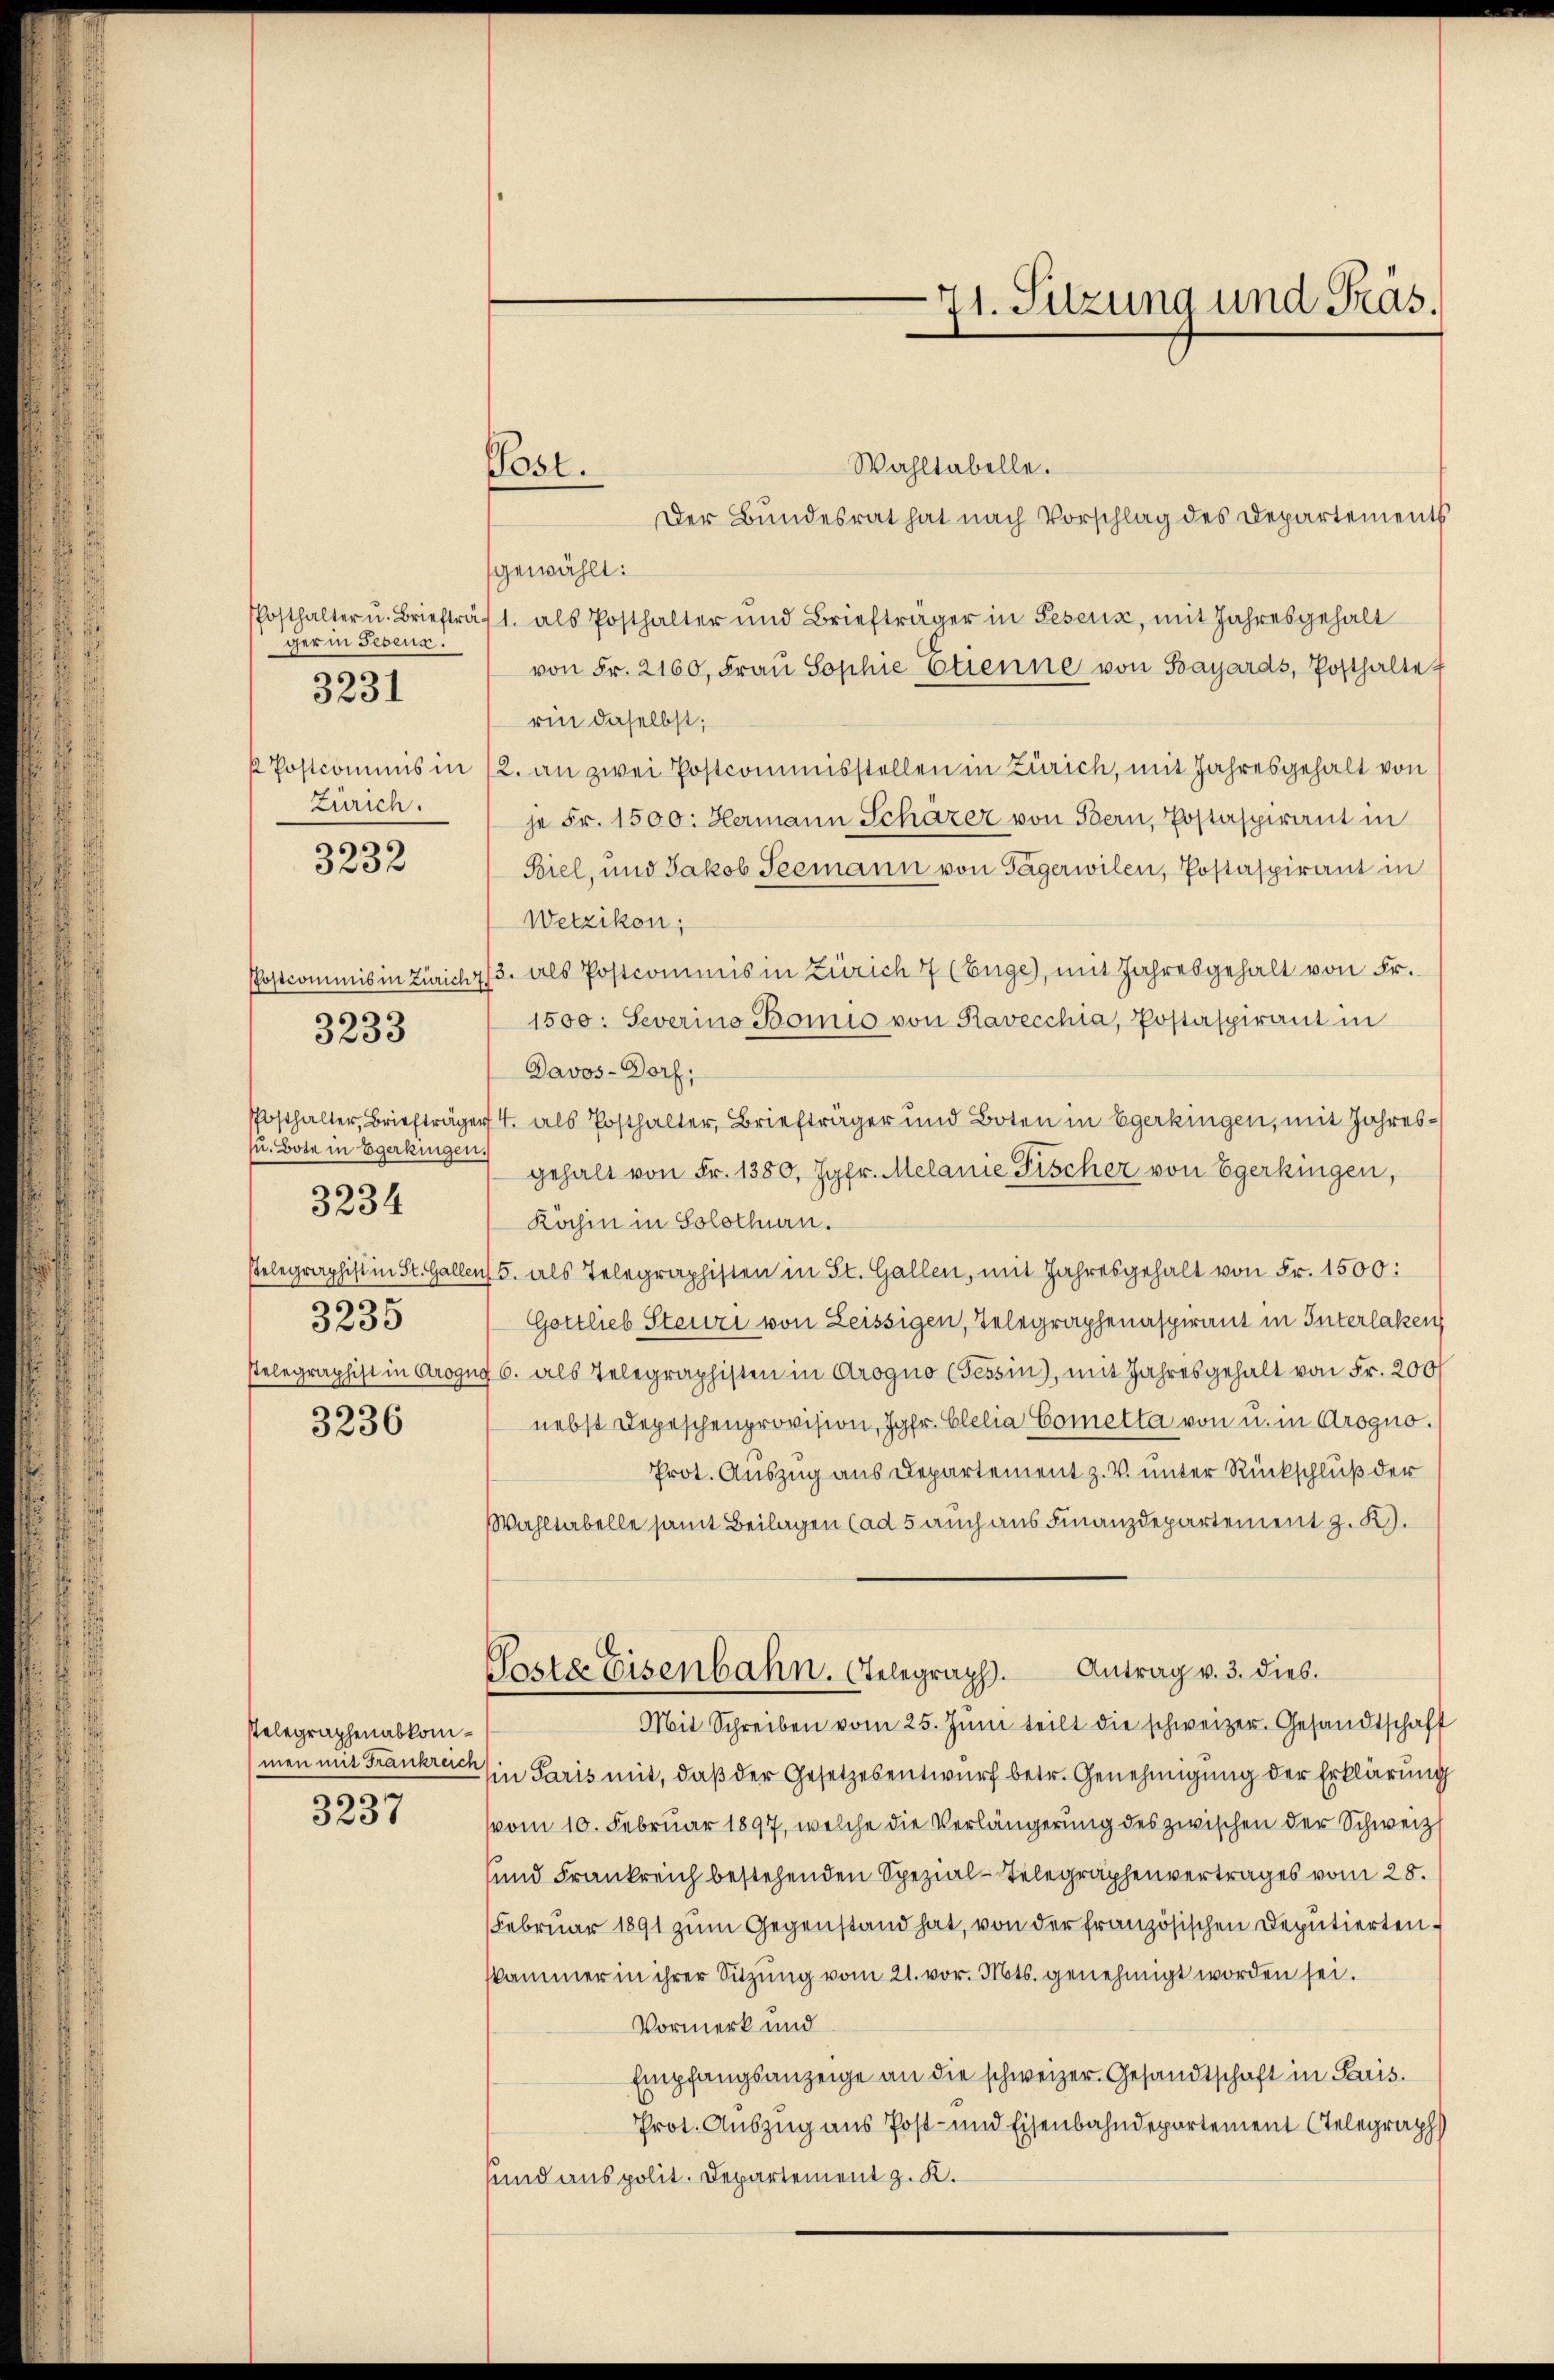
Posthalter u. Briefträger in Geseur.
Zürich.

3231

3232

Postcommis in Zürich
Posthalter, Briefträger
u. Bote in Egerkingen.
3234
stelegraphist in St. Gallen
3235
stelegraphist in Arogue
3236

3233

stelegraphenabkommen mit Frankreich
3237

Post.

71. Sitzung und Präs.

Wahltabelle.
Der Bundesrat hat nach Vorschlag des Departements
gewählt:
1. als Posthalter und Briefträger in Peseux, mit Jahresgehalt
von Fr. 2160, Frau Sophie Etienne von Bayards, Posthalte
rin daselbst;
 Postcommis in 12. an zwei Postcommisstellen in Zürich, mit Jahresgehalt von
je Fr. 1500. Hermann Schärer von Bern, Postaspirant in
Biel, und Jakob Seemann von Tägerwilen, Postaspirant in
Wetzikon;
3. als Postcommis in Zürich 7 (Enge, mit Jahresgehalt von Fr.
1500. Severino Bomio von Ravecchia, Postaspirant in
Davos- Dorf,
4. als Posthalter, Briefträger und Boten in Egerkingen, mit Jahresgehalt von Fr. 1380, Jgfr. Melanie Fischer von Egerkingen,
Köchin in Solothurn.
5. als Telegraphisten in St. Gallen, mit Jahresgehalt von Fr. 1500:
Gottlieb Steuri von Leissigen, Telegraphenaspirant in Interlaken
6. als Telegraphisten in Arogno (Tessin, mit Jahresgehalt von Fr. 200
nebst Depeschenprovision, Jgfr. Clelia Cometta von u. in Arogno.
Prot. Auszug aus Departement z. V. unter Rückschluß der
Wahltabelle samt Beilagen (ad 5 auch aus Finanzdepartement z. R.
Antrag v. 3. dies.
Paste Eisenbahn. Gelegraph.
Mit Schreiben vom 25. Juni teilt die schweizer. Gesandtschaft
in Paris mit, daß der Gesetzesentwurf betr. Genehmigung der Erklärung
vom 10. Februar 1897, welche die Verlängerung des zwischen der Schweiz
und Frankreich bestehenden Spezial-Telegraphenvertrages vom 28.
Februar 1891 zum Gegenstand hat, von der französischen Deputiertenkammer in ihrer Sitzung vom 21. vor. Mts. genehmigt worden sei.
Vormerk und
Empfangsanzeige an die schweizer. Gesandtschaft in Paris.
Prot. Auszug aus Post- und Eisenbahndepartement Telegraph
sund aus polit. Departement z. K.